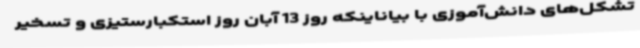
تشکل‌های دانش‌آموزی با بیاناینکه روز 13 آبان روز استکبارستیزی و تسخیر